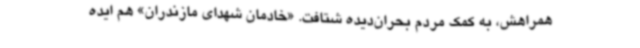
همراهش، به کمک مردم بحران‌دیده شتافت. «خادمان شهدای مازندران» هم ایده